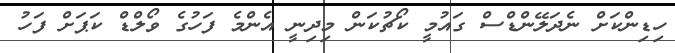
ހިޑިންކަށް ނެދަލޭންޑްސް ގައުމީ ކޯޗުކަން މިދިނީ އެންމެ ފަހުގެ ވޯލްޑް ކަޕަށް ފަހު